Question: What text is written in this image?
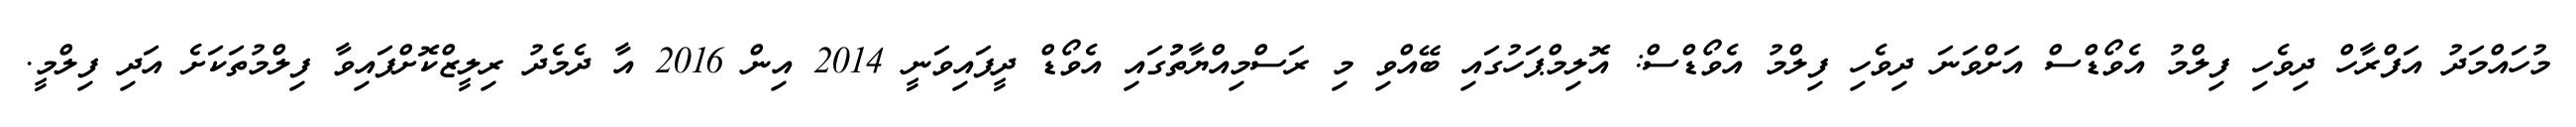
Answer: މުހައްމަދު އަފްރާހް ދިވެހި ފިލްމު އެވޯޑްސް އަށްވަނަ ދިވެހި ފިލްމު އެވޯޑްސް: އޮލިމްޕަހުގައި ބޭއްވި މި ރަސްމިއްޔާތުުގައި އެވޯޑް ދީފައިވަނީ 2014 އިން 2016 އާ ދެމެދު ރިލީޒްކޮށްފައިވާ ފިލްމުތަކަށެ އަދި ފިލްމީ.